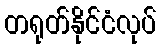
တရုတ်နိုင်ငံလုပ်